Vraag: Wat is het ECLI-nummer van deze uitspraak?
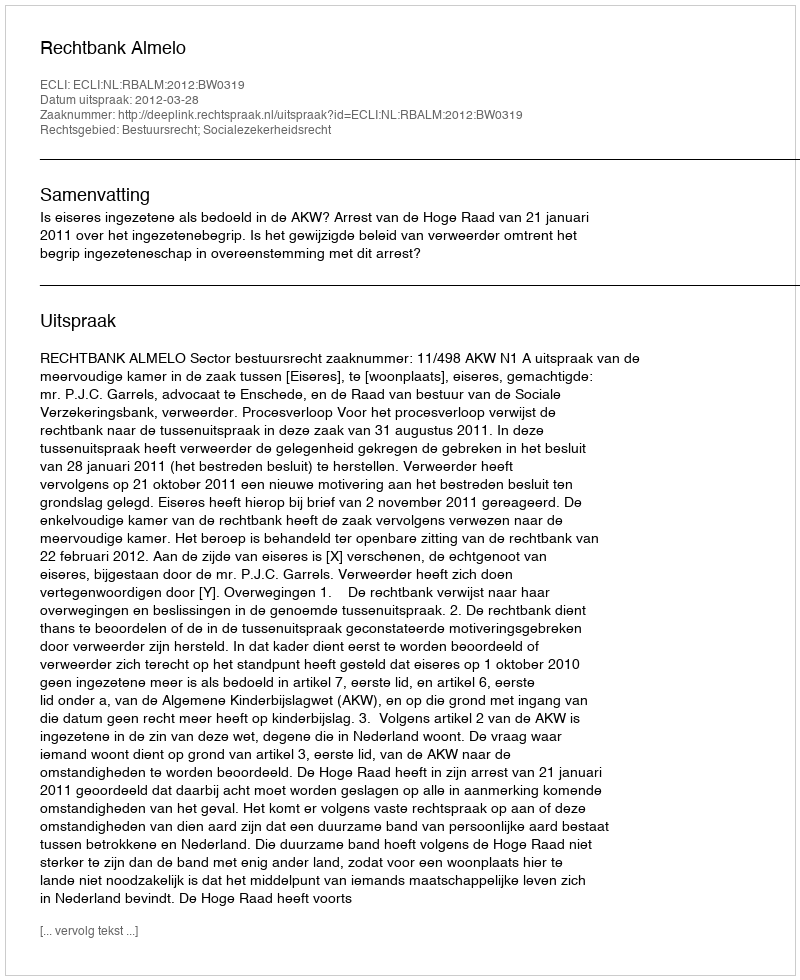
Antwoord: ECLI:NL:RBALM:2012:BW0319